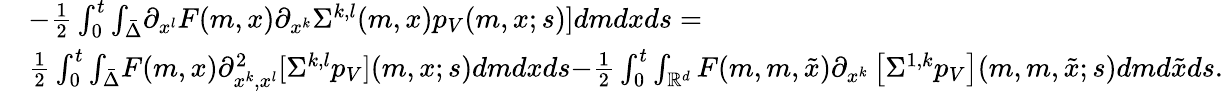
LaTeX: \begin{array}{rl}&{-\frac{1}{2}\int_{0}^{t}{\int_{\bar{\Delta}}}\partial_{x^{l}}F(m,x)\partial_{x^{k}}\Sigma^{{k,l}}(m,x)p_{V}(m,x;s)]dmdxds=}\\ &{\frac{1}{2}\int_{0}^{t}{\int_{\bar{\Delta}}}F(m,x)\partial_{x^{k},x^{l}}^{2}[\Sigma^{k,l}p_{V}](m,x;s)dmdxds{-\frac{1}{2}\int_{0}^{t}\int_{{\mathbb R}^{d}}F(m,m,\tilde{x})\partial_{x^{k}}\left[\Sigma^{1,k}p_{V}\right](m,m,\tilde{x};s)dmd\tilde{x}ds}.}\end{array}